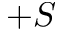
+ S